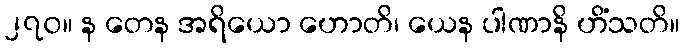
၂၇၀။ န တေန အရိယော ဟောတိ၊ ယေန ပါဏာနိ ဟိံသတိ။